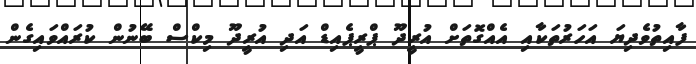
ފާއިތުވެދިޔަ އަހަރުތަކާއި އެއްގޮތަށް އުރީދޫ ޕްރީޕެއިޑް އަދި އުރީދޫ މިކްސް ބޭނުން ކުރައްވައިގެން